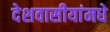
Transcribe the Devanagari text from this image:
देशवासीयांमधे